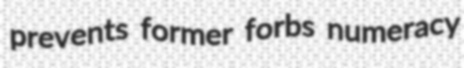
prevents former forbs numeracy